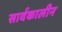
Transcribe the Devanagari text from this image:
सार्वकालीन